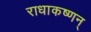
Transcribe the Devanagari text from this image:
राधाकष्णन्